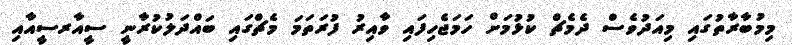
މިމުބާރާތުގައި މިއަދުވެސް ދެމެޗް ކުޅުމަށް ހަމަޖެހިފައި ވާއިރު ފުރަތަމަ މެޗްގައި ބައްދަލުކުރާނީ ސީއާރސީއާއި